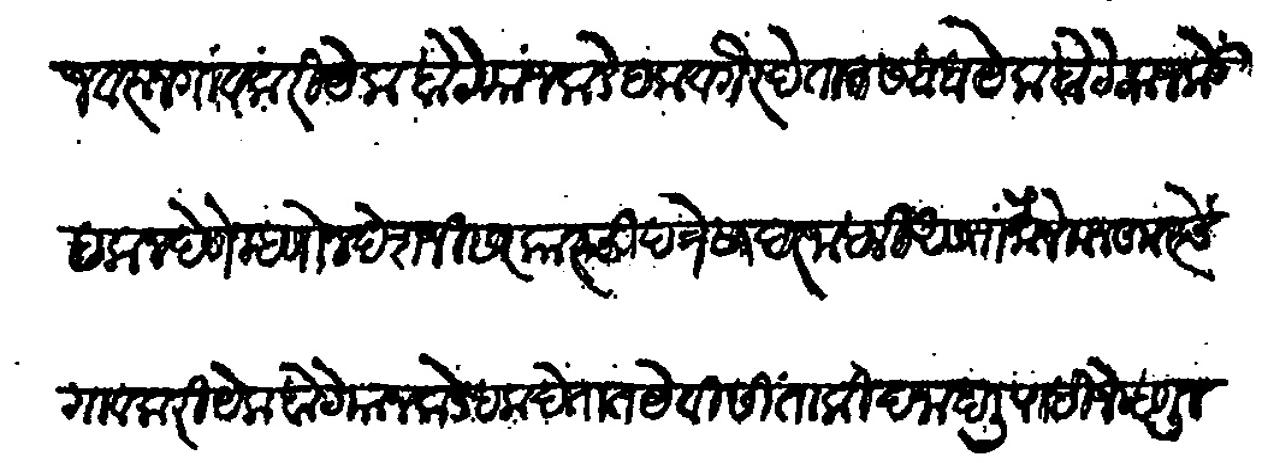
Transliteration (Devanagari): त्या जवरून गावकरी ओकबोटे याजकडे हक वगैरे देतात सबब ओकबोटे याजकडे हक न देणे म्हणोन पेशजी सरकारची पत्रे सादर जाहली असता मौजे मजकुरचे गावकरी येकबोटे याजकडे हक देतात येवीसी ताकीद जाहली